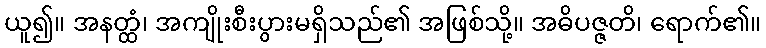
ယူ၍။ အနတ္ထံ၊ အကျိုးစီးပွားမရှိသည်၏ အဖြစ်သို့။ အဓိပဇ္ဇတိ၊ ရောက်၏။